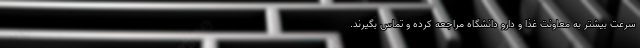
سرعت بیشتر به معاونت غذا و دارو دانشگاه مراجعه کرده و تماس بگیرند.